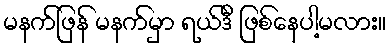
မနက်ဖြန် မနက်မှာ ရယ်ဒီ ဖြစ်နေပါ့မလား။